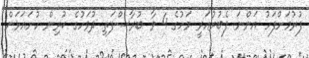
ފުރުމަށްފަހު އަންނަ ފެބުރުއަރީ މަހުގެ 4 ވާ ބުރާސްފަތި ދުވަހުގެ ކުރިން ހުށައަޅަން